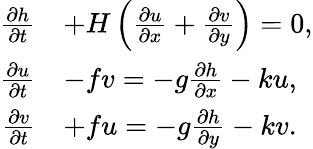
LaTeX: {\begin{array}{rl}{{\frac{\partial h}{\partial t}}}&{+H\left({\frac{\partial u}{\partial x}}+{\frac{\partial v}{\partial y}}\right)=0,}\\ {{\frac{\partial u}{\partial t}}}&{-fv=-g{\frac{\partial h}{\partial x}}-ku,}\\ {{\frac{\partial v}{\partial t}}}&{+fu=-g{\frac{\partial h}{\partial y}}-kv.}\end{array}}